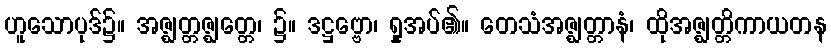
ဟူသောပုဒ်၌။ အဇ္ဈတ္တဇ္ဈတ္တေ၊ ၌။ ဒဋ္ဌဗ္ဗော၊ ရှုအပ်၏။ တေသံအဇ္ဈတ္တာနံ၊ ထိုအဇ္ဈတ္တိကာယတန